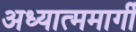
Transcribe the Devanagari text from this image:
अध्यात्ममार्गी